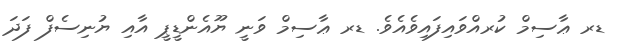
ޑރ ޢާސިމް ކުރއްވައިފައިވެއެވެ. ޑރ ޢާސިމް ވަނީ ޔޫއެންޑީޕީ އާއި ޔުނިސެފް ފަދަ